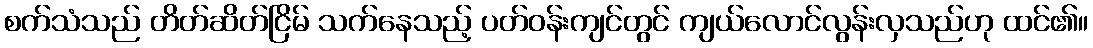
စက်သံသည် တိတ်ဆိတ်ငြိမ် သက်နေသည့် ပတ်ဝန်းကျင်တွင် ကျယ်လောင်လွန်းလှသည်ဟု ထင်၏။